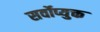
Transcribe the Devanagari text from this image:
सर्वोप्युक्त